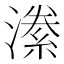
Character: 潫